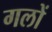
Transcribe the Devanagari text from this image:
गलों